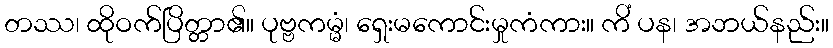
တဿ၊ ထိုဝက်ပြိတ္တာ၏။ ပုဗ္ဗကမ္မံ၊ ရှေးမကောင်းမှုကံကား။ ကိံ ပန၊ အဘယ်နည်း။